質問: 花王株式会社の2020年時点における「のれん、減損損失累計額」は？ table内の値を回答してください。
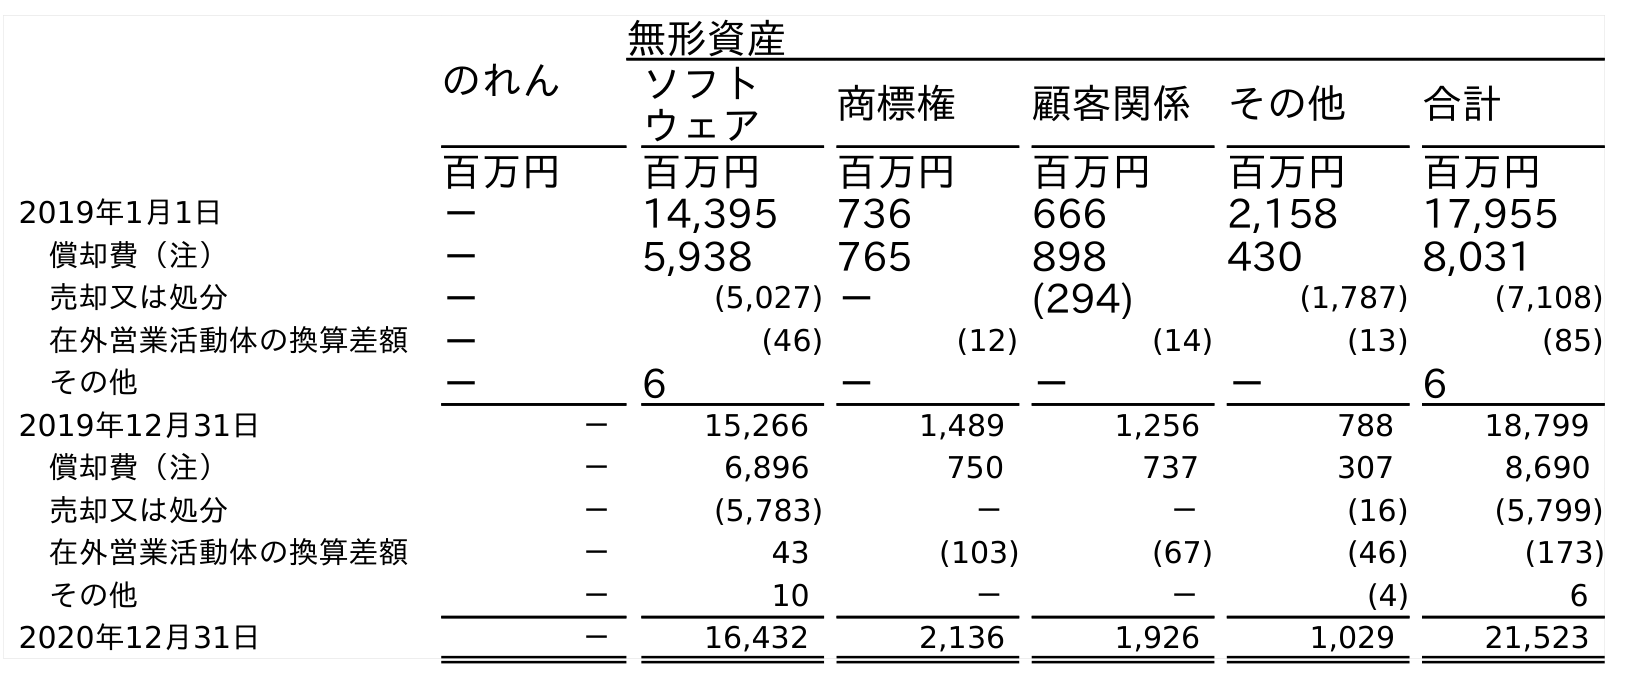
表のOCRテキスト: のれん 無形資産 ソフト ウェア 商標権 顧客関係 その他 合計 百万円 百万円 百万円 百万円 百万円 百万円 2019年1月1日 － 14,395 736 666 2,158 17,955 償却費（注） － 5,938 765 898 430 8,031 売却又は処分 － (5,027) － (294) (1,787) (7,108) 在外営業活動体の換算差額 － (46) (12) (14) (13) (85) その他 － 6 － － － 6 2019年12月31日 － 15,266 1,489 1,256 788 18,799 償却費（注） － 6,896 750 737 307 8,690 売却又は処分 － (5,783) － － (16) (5,799) 在外営業活動体の換算差額 － 43 (103) (67) (46) (173) その他 － 10 － － (4) 6 2020年12月31日 － 16,432 2,136 1,926 1,029 21,523
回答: －